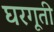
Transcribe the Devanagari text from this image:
घरगूती